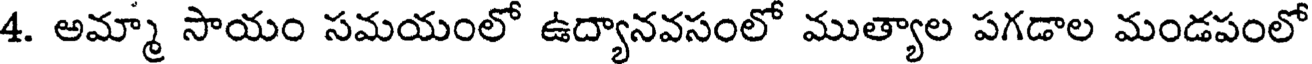
4. అమ్మా సాయం సమయంలో ఉద్యానవసంలో ముత్యాల పగడాల మండపంలో